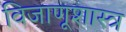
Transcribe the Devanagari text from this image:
विजाणूशास्त्र